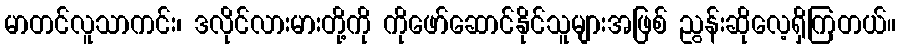
မာတင်လူသာကင်း၊ ဒလိုင်လားမားတို့ကို ကိုဖော်ဆောင်နိုင်သူများအဖြစ် ညွန်းဆိုလေ့ရှိကြတယ်။